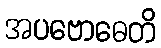
အပဗောဓေတိ